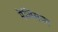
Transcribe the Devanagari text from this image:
मेज़िसका